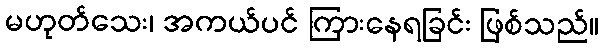
မဟုတ်သေး၊ အကယ်ပင် ကြားနေရခြင်း ဖြစ်သည်။